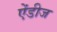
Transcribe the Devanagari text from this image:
ऐंडीज